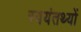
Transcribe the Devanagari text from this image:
स्वयंतथ्यों